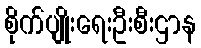
စိုက်ပျိုးရေးဦးစီးဌာန